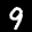
Label: 9